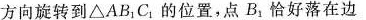
方向旋转到△AB_{1}C_{1}。的位置，点B_{1}恰好落在边